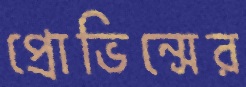
প্রোভিন্সের